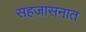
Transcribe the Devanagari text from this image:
सहजासनात